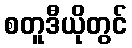
စတူဒီယိုတွင်